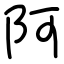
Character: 阿